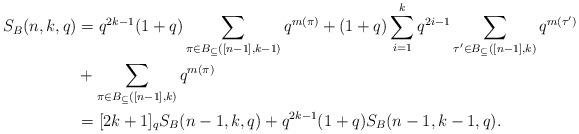
LaTeX: \begin{align*} S_B(n,k,q) &= q^{2k-1}(1+q)\sum\limits_{\pi \in B_{\subseteq}([n-1],k-1)} q^{m(\pi)} +(1+q)\sum_{i=1}^kq^{2i-1}\sum\limits_{\tau' \in B_{\subseteq}([n-1],k)}q^{m(\tau')}\\ & +\sum\limits_{\pi \in B_{\subseteq}([n-1],k)} q^{m(\pi)}\\ &= [2k+1]_qS_B(n-1,k,q)+q^{2k-1}(1+q)S_B(n-1,k-1,q).\end{align*}